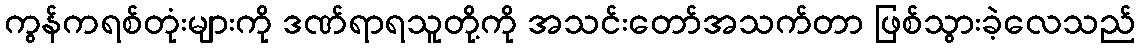
ကွန်ကရစ်တုံးများကို ဒဏ်ရာရသူတို့ကို အသင်းတော်အသက်တာ ဖြစ်သွားခဲ့လေသည်